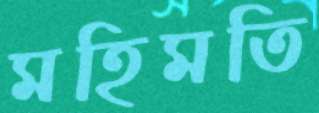
মহিমতি